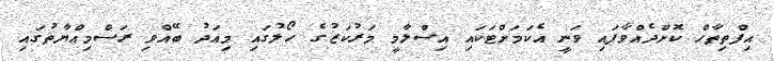
އިފްތިތާޙް ކޮށްދެއްވާފައި ވަނީ އެކަމަށްޓަކައި އިސްލާމީ މަރުކަޒުގެ ހޯލުގައި މިއަދު ބޭއްވި ރަސްމިއްޔާތުގައި